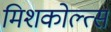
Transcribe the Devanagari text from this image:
मिशकोल्त्स